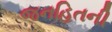
જનહિતની